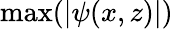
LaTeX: \operatorname*{max}(|\psi(x,z)|)